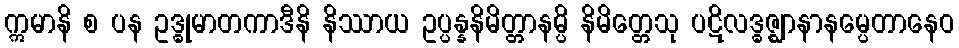
ဣမာနိ စ ပန ဥဒ္ဓုမာတကာဒီနိ နိဿာယ ဥပ္ပန္နနိမိတ္တာနမ္ပိ နိမိတ္တေသု ပဋိလဒ္ဓဇ္ဈာနာနမ္ပေတာနေဝ